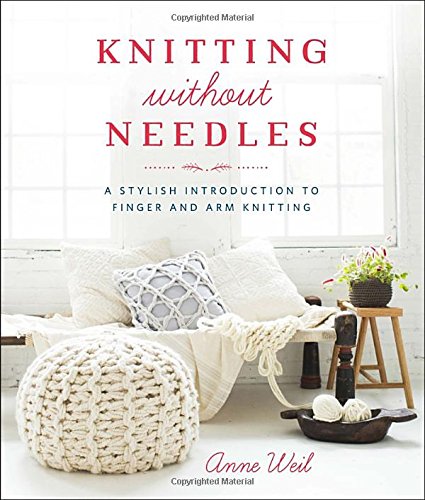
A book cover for Knitting Without Needles: A Stylish Introduction to Finger and Arm Knitting; Anne Weil; Crafts, Hobbies & Home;